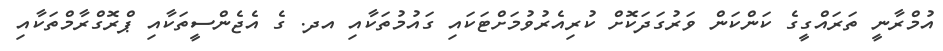
އުމްރާނީ ތަރައްގީގެ ކަންކަން ވަރުގަދަކޮށް ކުރިއެރުވުމަށްޓަކައި ގައުމުތަކާއި އދ. ގެ އެޖެންސީތަކާއި ޕްރޮގްރާމްތަކާއި